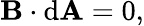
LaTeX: \mathbf{B}\cdot\mathrm{{d}}\mathbf{A}=0,